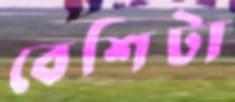
বেশিটা